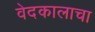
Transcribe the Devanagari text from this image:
वेदकालाचा